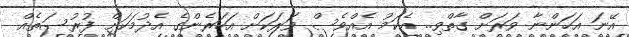
އޭނަ އަހަންނާ ވަރަށް ގާތްވި.. އެކަމު އެއްވެސް ވަރަކަށް އަހަރެންގެ އެދުމަކަށް ފުރުސަތެއް